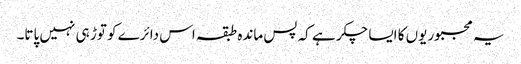
یہ مجبوریوں کا ایسا چکر ہے کہ پس ماندہ طبقہ اس دائرے کو توڑ ہی نہیں پاتا۔